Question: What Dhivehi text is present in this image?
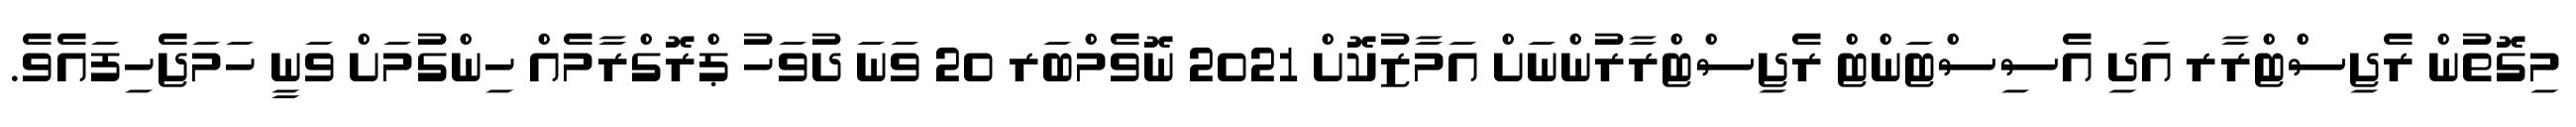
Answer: މިގޮތުން ރެޖިސްޓްރާރ އަދި އެސިސްޓަންޓް ރެޖިސްޓްރާރުންނަށް އަމާޒުކޮށް 2021 ނޮވެމްބަރ 20 ވަނަ ދުވަހު ޕްރޮގްރާމެއް ހިންގުމަށް ވަނީ ހަމަޖެހިފައެވެ.